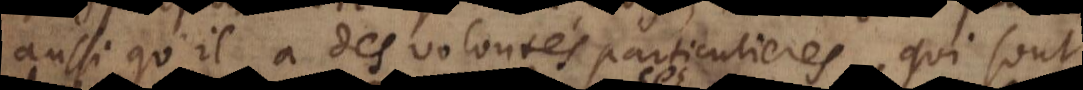
aussi qu’il a des volontés particulieres, qui so